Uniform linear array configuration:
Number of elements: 12
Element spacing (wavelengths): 1
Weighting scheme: binomial
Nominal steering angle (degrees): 30
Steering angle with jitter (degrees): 30.191
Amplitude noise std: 0.05
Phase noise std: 0.05

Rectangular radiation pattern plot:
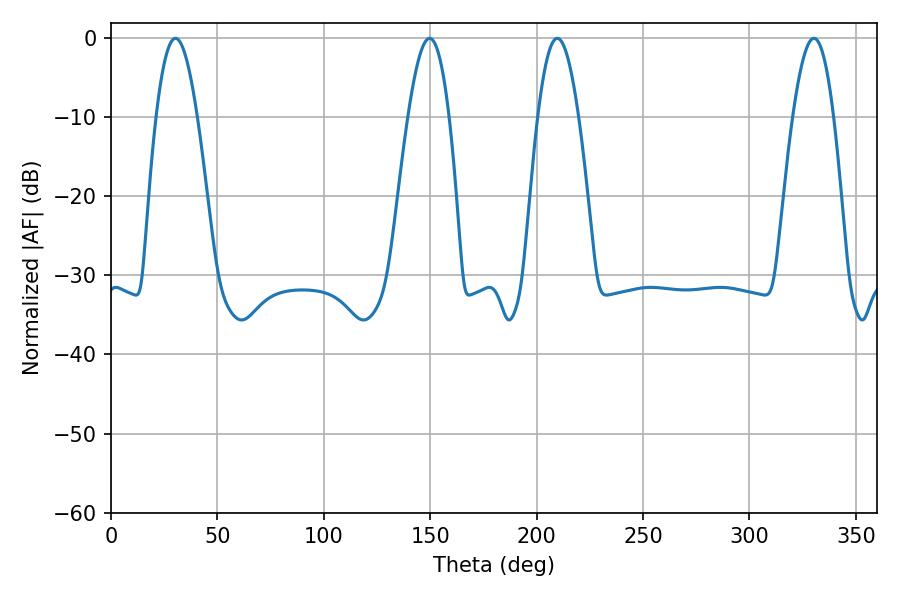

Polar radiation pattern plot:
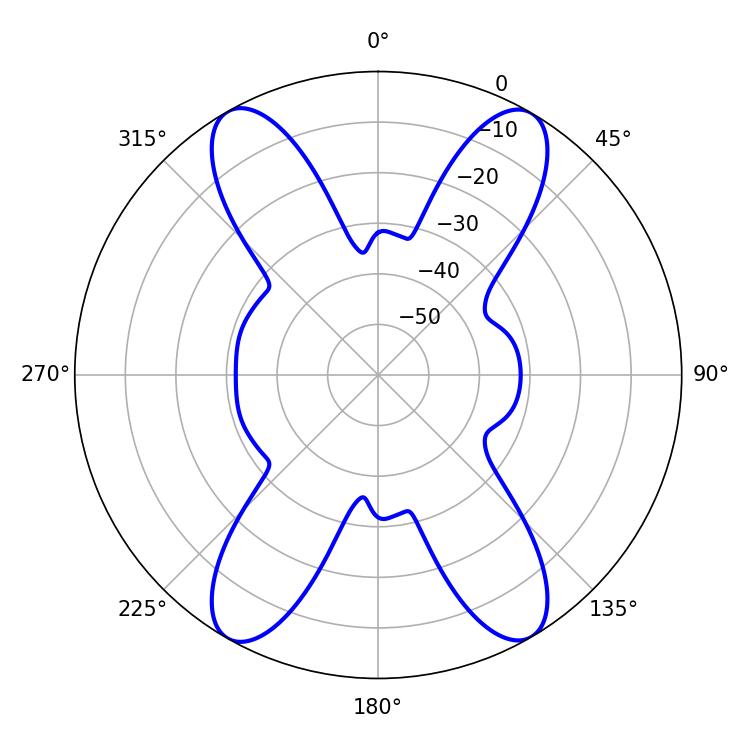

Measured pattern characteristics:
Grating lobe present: TRUE
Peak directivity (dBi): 25.675
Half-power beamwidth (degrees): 10.44
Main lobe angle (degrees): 209.7